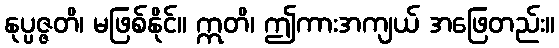
နုပ္ပဇ္ဇတိ၊ မဖြစ်နိုင်။ ဣတိ၊ ဤကားအကျယ် အဖြေတည်း။